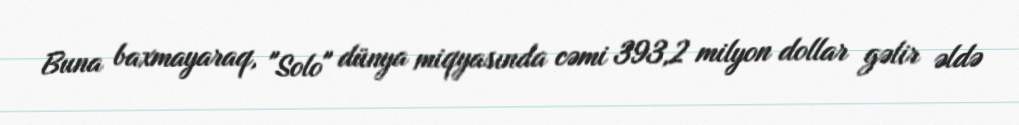
Buna baxmayaraq, "Solo" dünya miqyasında cəmi 393,2 milyon dollar gəlir əldə